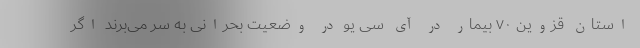
استان قزوین ۷۰ بیمار در آی سی یو در وضعیت بحرانی به سر می‌برند اگر